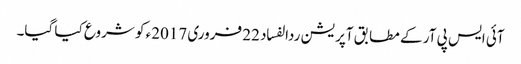
آئی ایس پی آر کے مطابق آپریشن ردالفساد 22 فروری 2017ء کو شروع کیا گیا۔